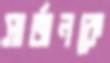
সার্জনকে